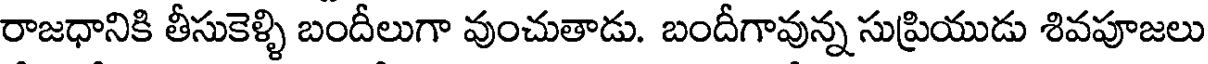
రాజధానికి తీసుకెళ్ళి బందీలుగా వుంచుతాడు. బందీగావున్న సుప్రియుడు శివపూజలు